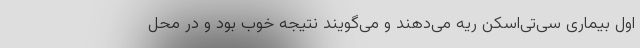
اول بیماری سی‌تی‌اسکن ریه می‌دهند و می‌گویند نتیجه خوب بود و در محل